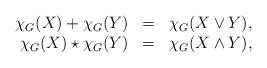
LaTeX: \begin{align*}\left.\begin{array}{rcl}\chi_G(X)+ \chi_G(Y)&=&\chi_G(X\vee Y),\\\chi_G(X)\star \chi_G(Y)&=&\chi_G(X\wedge Y),\end{array} \right.\end{align*}